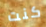
كنت